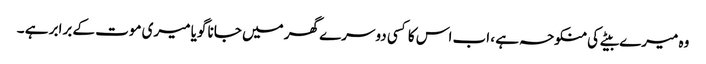
وہ میرے بیٹے کی منکوحہ ہے ، اب اس کا کسی دوسرے گھر میں جانا گویا میری موت کے برابر ہے ۔